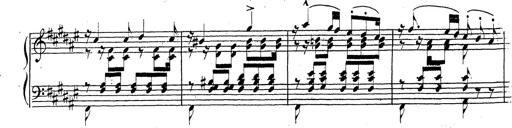
Title: Canzone Napolitana
Composer: Franz Liszt